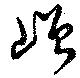
嶒